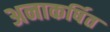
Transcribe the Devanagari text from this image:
अनाकर्षित